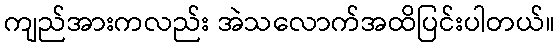
ကျည်အားကလည်း အဲသလောက်အထိပြင်းပါတယ်။